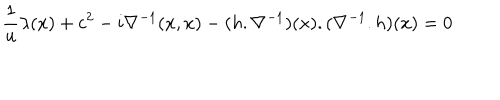
\frac { 1 } { u } \lambda ( x ) + c ^ { 2 } - i \nabla ^ { - 1 } ( x , x ) - ( h . \nabla ^ { - 1 } ) ( x ) . ( \nabla ^ { - 1 } . h ) ( x ) = 0